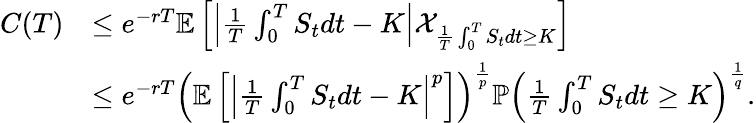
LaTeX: \begin{array}{rl}{C(T)}&{\leq e^{-rT}\mathbb{E}\left[\left|\frac{1}{T}\int_{0}^{T}S_{t}dt-K\right|\mathcal{X}_{\frac{1}{T}\int_{0}^{T}S_{t}dt\geq K}\right]}\\ &{\leq e^{-rT}\left(\mathbb{E}\left[\left|\frac{1}{T}\int_{0}^{T}S_{t}dt-K\right|^{p}\right]\right)^{\frac{1}{p}}\mathbb{P}\left(\frac{1}{T}\int_{0}^{T}S_{t}dt\geq K\right)^{\frac{1}{q}}.}\end{array}